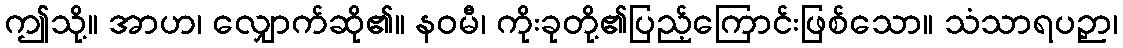
ဤသို့။ အာဟ၊ လျှောက်ဆို၏။ နဝမီ၊ ကိုးခုတို့၏ပြည့်ကြောင်းဖြစ်သော။ သံသာရပဉှာ၊